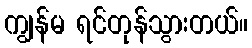
ကျွန်မ ရင်တုန်သွားတယ်။